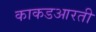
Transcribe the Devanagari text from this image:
काकडआरती